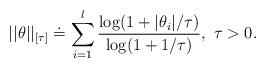
LaTeX: \begin{align*}||\theta||_{[\tau]} \doteq \sum \limits_{i=1}^l \frac{\log(1+|\theta_i|/\tau)}{\log(1+1/\tau)}, \ \tau>0.\end{align*}